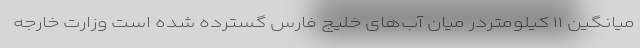
میانگین ۱۱ کیلومتردر میان آب‌های خلیج فارس گسترده شده است وزارت خارجه